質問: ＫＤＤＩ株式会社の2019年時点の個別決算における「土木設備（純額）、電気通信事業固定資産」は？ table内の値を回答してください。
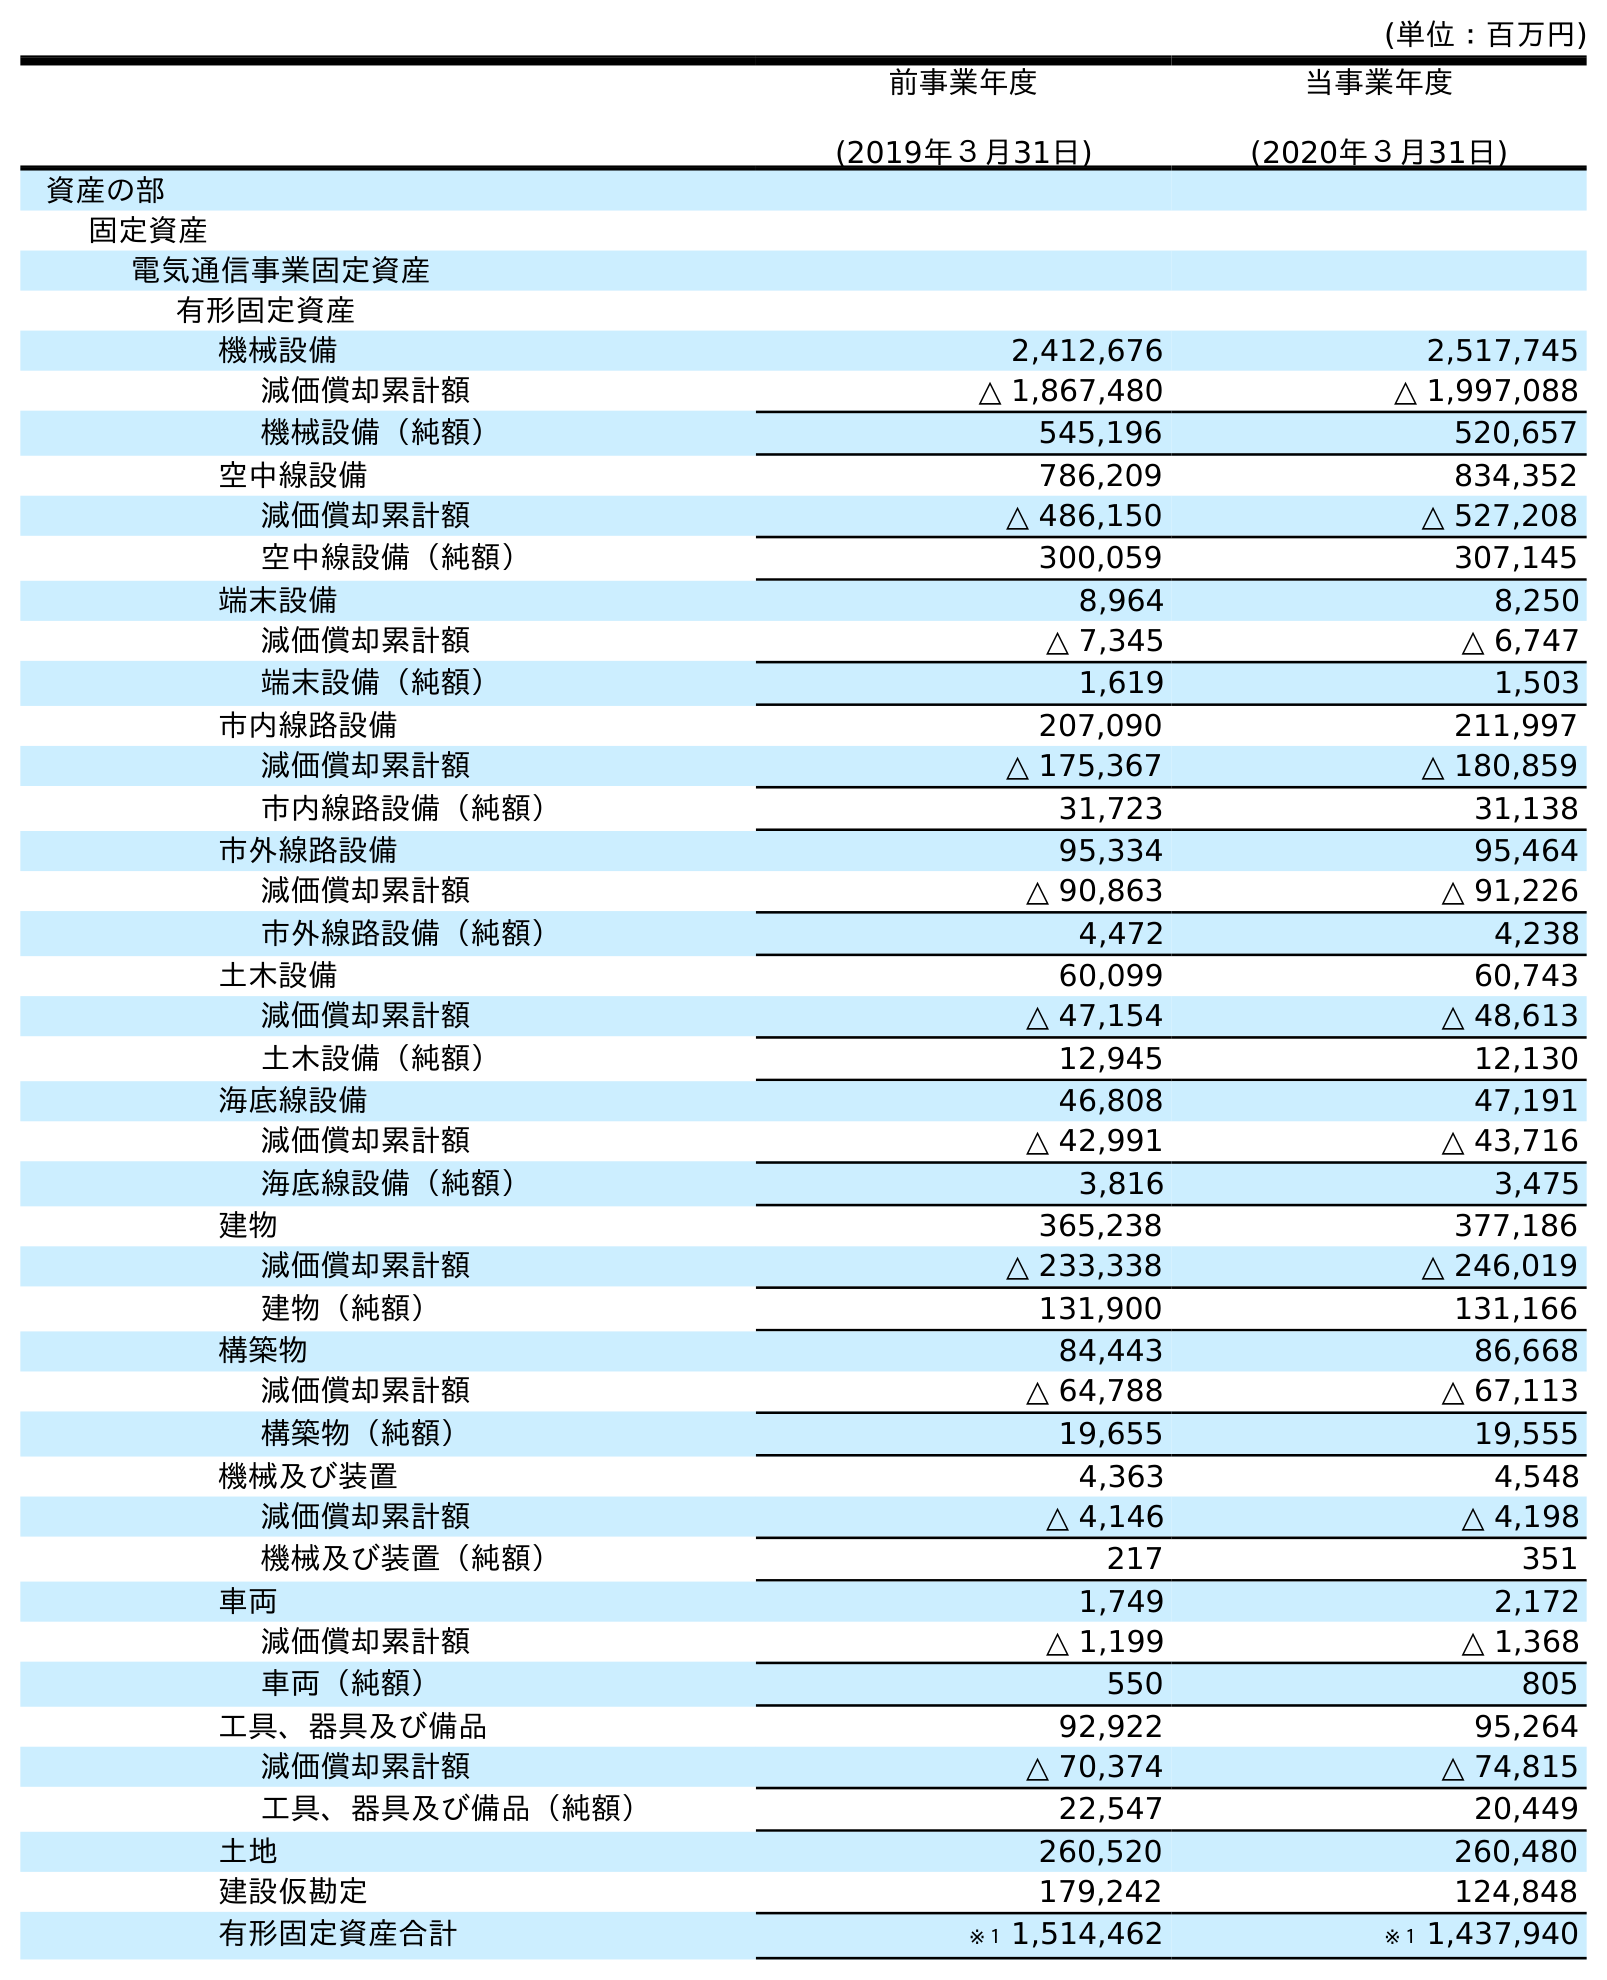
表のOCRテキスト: (単位：百万円) 前事業年度 (2019年３月31日) 当事業年度 (2020年３月31日) 資産の部 固定資産 電気通信事業固定資産 有形固定資産 機械設備 2,412,676 2,517,745 減価償却累計額 △ 1,867,480 △ 1,997,088 機械設備（純額） 545,196 520,657 空中線設備 786,209 834,352 減価償却累計額 △ 486,150 △ 527,208 空中線設備（純額） 300,059 307,145 端末設備 8,964 8,250 減価償却累計額 △ 7,345 △ 6,747 端末設備（純額） 1,619 1,503 市内線路設備 207,090 211,997 減価償却累計額 △ 175,367 △ 180,859 市内線路設備（純額） 31,723 31,138 市外線路設備 95,334 95,464 減価償却累計額 △ 90,863 △ 91,226 市外線路設備（純額） 4,472 4,238 土木設備 60,099 60,743 減価償却累計額 △ 47,154 △ 48,613 土木設備（純額） 12,945 12,130 海底線設備 46,808 47,191 減価償却累計額 △ 42,991 △ 43,716 海底線設備（純額） 3,816 3,475 建物 365,238 377,186 減価償却累計額 △ 233,338 △ 246,019 建物（純額） 131,900 131,166 構築物 84,443 86,668 減価償却累計額 △ 64,788 △ 67,113 構築物（純額） 19,655 19,555 機械及び装置 4,363 4,548 減価償却累計額 △ 4,146 △ 4,198 機械及び装置（純額） 217 351 車両 1,749 2,172 減価償却累計額 △ 1,199 △ 1,368 車両（純額） 550 805 工具、器具及び備品 92,922 95,264 減価償却累計額 △ 70,374 △ 74,815 工具、器具及び備品（純額） 22,547 20,449 土地 260,520 260,480 建設仮勘定 179,242 124,848 有形固定資産合計 ※１ 1,514,462 ※１ 1,437,940
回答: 12,945